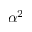
\alpha ^ { 2 }